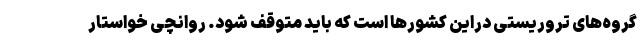
گروه‌های تروریستی دراین کشورها است که باید متوقف شود. روانچی خواستار